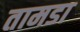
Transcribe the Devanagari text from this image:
तामडा